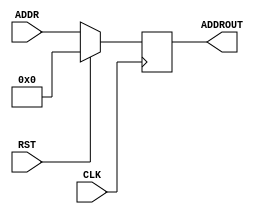
module PC(ADDR, ADDROUT, CLK, RST);
    input CLK;
    input [31:0] ADDR;
    input RST;
    output reg [31:0] ADDROUT;

    
    always @(posedge CLK) begin
        if (RST) ADDROUT <= 0; else begin
        ADDROUT <= ADDR;
        end
    end


endmodule